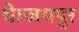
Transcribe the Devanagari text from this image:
थे।जयपुर